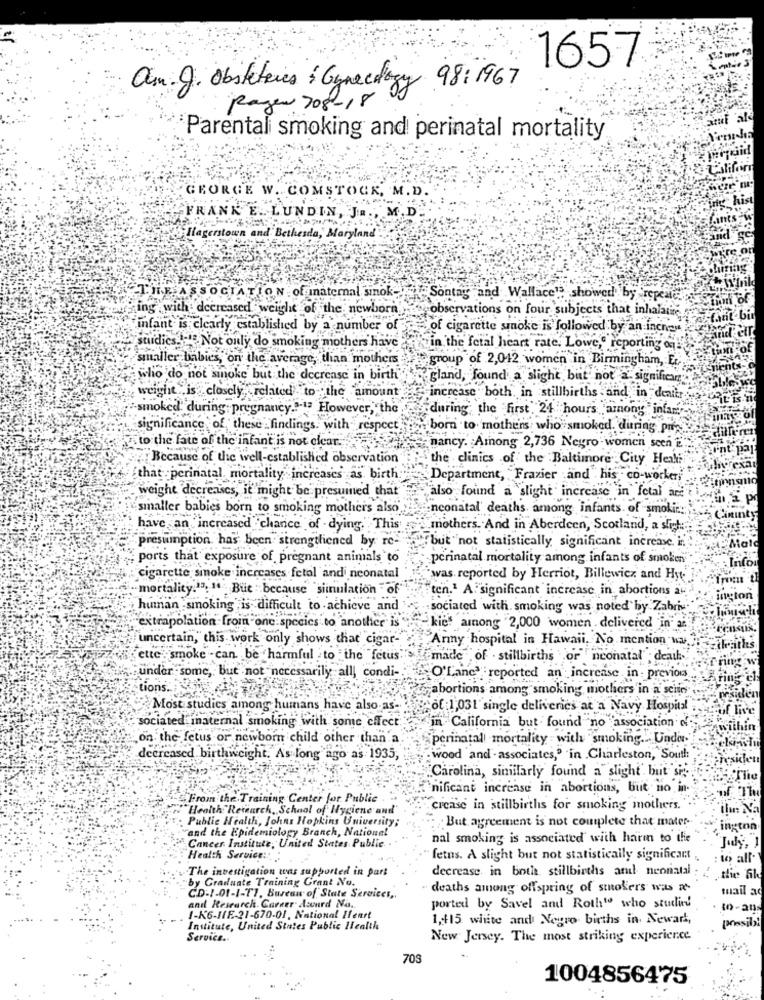
1657
as. g. Obsteteres & Gynecology 98:1967
Ragen 708-18
'Parentali smoking and perinatal mortality
GEORGE W. COMSTOCK, M.D.
FRANK E. LUNDIN, JR ., M.D.
Hagerstown and Bethesda, Maryland
THE ASSOCIATION of internal sinok-
Sontag and Wallace": showed by -repesie
ing with: decreased weight of the newborn
observations on four subjects that inhalatie
infant is clearly established by a number of
of cigarette smoke is followed by an inches
suudics. .... Not only do smoking mothers have
Fin the fetal heart rate. Lowe," reporting on
smaller babies, on the average, dian mothers
group of 2,042 women in Birmingham, Er
“fient
who do not sinoke but the decrease in birth
gland, found a slight but not a. significa
weight , is closely related to the amount
increase both in stillbirths -and, in deaitr
smoked. during pregnancy.3-13 However, the
during the first 24 hours "among infar-
significance of these findings. with respect
born to mothers who smoked, during pre be
" to the fate of the infant is not clear.
nancy. Among 2,736 Negro women scen E".
Font par
"Because of the well-established observation"
the clinics of the Baltimore City Herki
Frexa
that perinatal, mortality increases as birth.
Department, Frazier and his co-worker,
Emngmo
weight decreases, it might be presumed that
"also found a slight increase in fetal are
smaller babies born to smoking mothers also
neonatal' deaths among infants. of smokic:
Cininty
have an increased chance of dying. This
mothers. And in Aberdeen, Scotland, a stret
but not statistically significant increase in
presumption has been strengthened by re-
:Male
ports that exposure of pregnant animals to
perinatal mortality among infants of smoken
: Infor
cigarette smoke increases fetal and neonatal
"was reported by Herriot, Billewicz and Hy-
mortality.13; " But : because "siinulation " of"
ten.1 A significant increase in abortions at
ington
human smoking is difficult to achieve and
-sociated with, smoking was noted by Zabris"
"extrapolation froin one.species to another is
kic among 2,000 women . delivered in-ai
uncertain, this work only shows that cigar-
Army hospital in Hawaii, No mention wa.
ette smoke - can be harmful to the fetus
made of . stillbirths or neonatal" death
under some, but not necessarily all, condi-
O'Lanc' reported an increase in : previos
Ating ch
tions.
abortions among smoking mothers in a seite
mesiden
Most studics among humans have also as-
of :1,031 single deliveries at a Navy Hospital
Hof live
sociated maternal smoking with some chfect
in California but. found no association of
within
.on. the fetus or newborn child other than a
perinatal mortality with "smoking. . Under-
decreased birthweight. As long ago as 1935,
"wood and - associates," in Charleston, South:
Spresklen
Carolina, similarly found a slight but s.
nificant increase in abortions, but no hn
-From the Training Center for Public
"Health"Research, School of Hygiene and"
crease in stillbirths for smoking mothers.
ilun Na
Public Health, Johns Hopkins University;
But agreement is not complete that mater-
and the Epidemiology Branch, National
Ington
Cancer Institute, United States Public.
nal smoking is associated with harm to the
Jody, 1
Health Service :::
fetus. A slight but not statistically significant .
: to all-
The investigation was supported in part
decrease in bote stillbirths and neonatal :
by Graduate Training Grant No.
deaths among offspring of smokers was a
tuail ac
CD-1-01-1-T7, Bureau of State Services ,.
and Research Career Award Na.
ported by Savel and Roth" who studing
to -aus
1-K6-IIE-21-670-01, National Ilenrt
1,415 white and Negro births in Newart,
Institute, United States Public Health
presibi
Service ..
New Jersey. The most striking experience.
709
1004856475